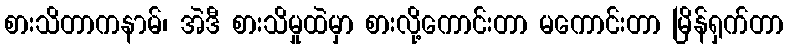
စားသိတာကနာမ်၊ အဲဒီ စားသိမှုထဲမှာ စားလို့ကောင်းတာ မကောင်းတာ မြိန်ရှက်တာ